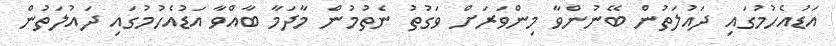
އަޑުއެހުމުގައި ދައުލަތުން ބޭނުންވާ މިންވަރަށް ވަގުތު ނެތުމުން މާދަމާ ބާއްވާ އަޑުއެހުމުގައި ދައުލަތުން